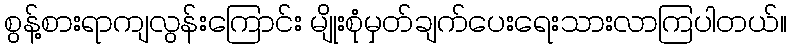
စွန့်စားရာကျလွန်းကြောင်း မျိုးစုံမှတ်ချက်ပေးရေးသားလာကြပါတယ်။